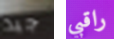
جيد راقبي